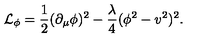
{ \cal { L } } _ { \phi } = \frac { 1 } { 2 } ( \partial _ { \mu } \phi ) ^ { 2 } - \frac { \lambda } { 4 } ( \phi ^ { 2 } - v ^ { 2 } ) ^ { 2 } .